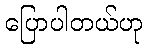
ပြောပါတယ်ဟု